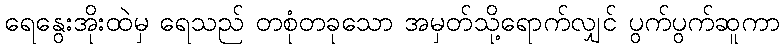
ရေနွေးအိုးထဲမှ ရေသည် တစုံတခုသော အမှတ်သို့ရောက်လျှင် ပွက်ပွက်ဆူကာ